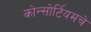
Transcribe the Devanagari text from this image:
कोन्सोर्टियमचे